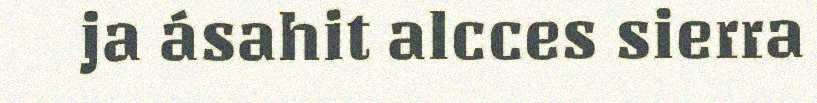
ja ásahit alcces sierra